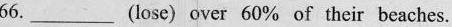
66. ___ (lose) over 60\% of their beaches.